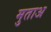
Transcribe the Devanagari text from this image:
मुताअ